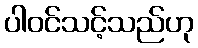
ပါဝင်သင့်သည်ဟု